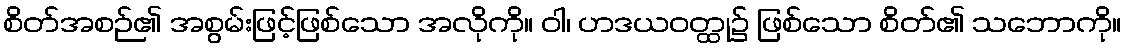
စိတ်အစဉ်၏ အစွမ်းဖြင့်ဖြစ်သော အလိုကို။ ဝါ၊ ဟဒယဝတ္ထု၌ ဖြစ်သော စိတ်၏ သဘောကို။